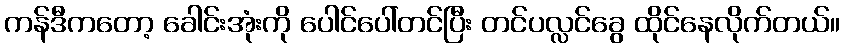
ကန်ဒီကတော့ ခေါင်းအုံးကို ပေါင်ပေါ်တင်ပြီး တင်ပလ္လင်ခွေ ထိုင်နေလိုက်တယ်။